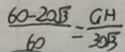
\frac { 6 0 - 2 0 \sqrt { 3 } } { 6 0 } = \frac { G H } { 3 0 \sqrt { 3 } }